Report on vaccination in Madras 1877-1894 - 1877-1894
Year: 1877
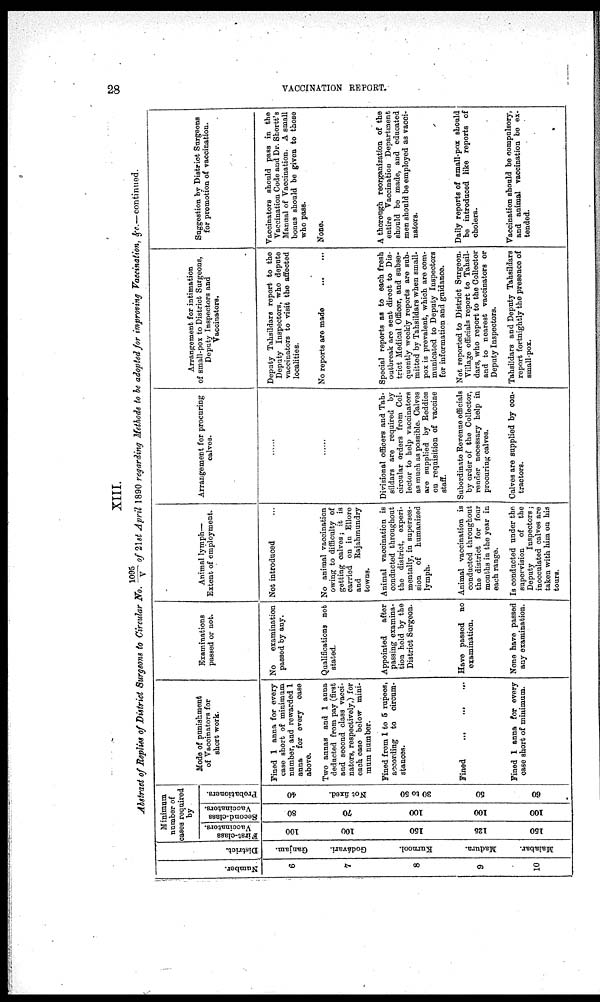
28
VACCINATION REPORT.
XIII.
Abstract of Replies of District Surgeons to Circular No. 1095/V of 21st April 1890 regarding Methods to be adopted for improving Vaccination, &c.—continued.
Number.
6
7
8
9
10
'District.
Ganjam.
Godávari.
Kurnool.
Madura.
Malabar.
Minimum
number of
cases required
by
First-class
Vaccinators.
100
100
150
125
150
Second-class
Vaccinators.
80
70
100
100
100
Probationers.
40
Not fixed.
30 to 50
50
60
Mode of punishment
of Vaccinators for
short work.
Fined 1 anna for every
case short of minimum
number, and rewarded 1
anna for every case
above.
Two annas and 1 anna
deducted from pay (first
and second class vacci-
nators, respectively,) for
each case below mini¬
mum number.
Fined from 1 to 5 rupees,
according to circum-
stances.
Fined
...
...
...
Fined 1 anna for every
case short of minimum.
Examinations
passed or not.
No
examination
passed by any.
Qualifications not
stated.
Appointed
after
passing examina-
tion held by the
District Surgeon.
Have passed no
examination.
None have passed
any examination.
Animal lymph—
Extent of employment.
Not introduced
No animal vaccination
owing to difficulty of
getting calves; it is
carried on in Ellore
and
Rajahmundry
towns.
Animal vaccination is
conducted throughout
the district, experi-
mentally, in superses-
sion of humanized
lymph.
Animal vaccination is
conducted throughout
the district for four
months in the year in
each range.
Is conducted under the
supervision of the
Deputy
Inspectors;
inocculated calves are
taken with him on his
tours.
Arrangement for procuring
calves.
Divisional officers and Tah¬
sildars are required by
circular orders from Col-
lector to help vaccinators
as much as possible. Calves
are supplied by Reddies
on requisition of vaccine
staff.
Subordinate Revenue officials
by order of the Collector,
render necessary help in
procuring calves.
Calves are supplied by con-
tractors.
Arrangement for intimation
of small-pox to District Surgeons,
Deputy Inspectors and
Vaccinators.
Deputy Tahsildars report to the
Deputy Inspectors, who depute
vaccinators to visit the affected
localities.
No reports are made
Special reports as to each fresh
outbreak are sent direct to Dis-
trict Medical Officer, and subse-
quently weekly reports are sub-
mitted by Tahsildars when small¬
pox is prevalent, which are com-
municated to Deputy Inspectors
for information and guidance.
Not reported to District Surgeon.
Village officials report to Tahsil-
dars, who report to the Collector
and to nearest vaccinators or
Deputy Inspectors.
Tahsildars and Deputy Tahsildars
report fortnightly the presence of
small-pox.
Suggestion by District Surgeons
for promotion of vaccination.
Vaccinators should pass in the
Vaccination Code and Dr. Shortt's
Manual of Vaccination. A small
bonus should be given to those
who pass.
None.
A thorough reorganization of the
entire Vaccination Department
should be made, and educated
men should be employed as vacci-
nators.
Daily reports of small-pox should
be introduced like reports of
cholera.
Vaccination should be compulsory,
and animal vaccination be ex-
tended.